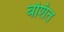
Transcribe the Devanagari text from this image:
बशित